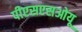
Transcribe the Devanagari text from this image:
पीएसएसओयू